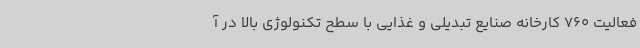
فعالیت 760 کارخانه صنایع تبدیلی و غذایی با سطح تکنولوژی بالا در آ